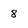
Character: 8